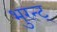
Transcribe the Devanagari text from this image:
भुरन्ट्